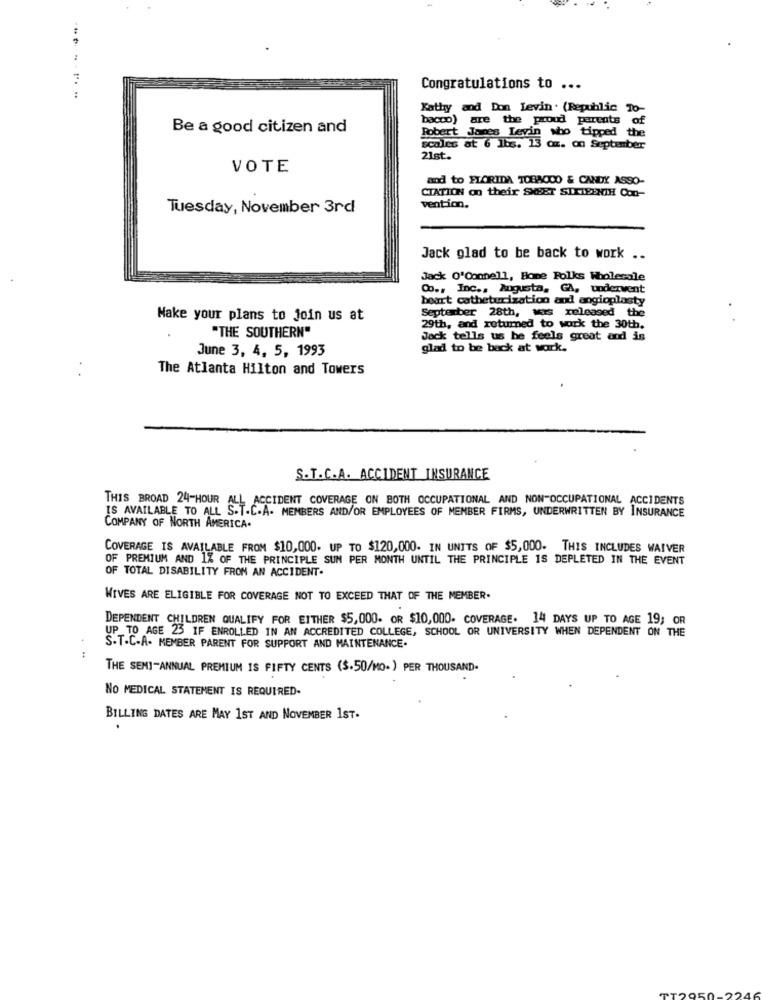
Congratulations to ...
Kathy and Don Levin. (Republic To-
bacco) are the proud parents of
Be a good citizen and
Robert James Levin who tipped the
scales at 6 lbs. 13 az. on September
21st.
VOTE
and to FLORIDA TOBA000 & CANDY ASSO-
CIATION on their SHEET SIXTEENTH Con-
Tuesday, November 3rd
vention.
Jack glad to be back to work ..
Jack O'Connell, Home Folks Wholerale
Co ., Inc ., Augusta, GA, underwent
beart catheterization and angioplasty
September 28th, was released the
Make your plans to Join us at
"THE SOUTHERN"
29th, and returned to work the 30th.
Jack tells us he feels great and is
June 3, 4, 5, 1993
glad to be back at work.
The Atlanta Hilton and Towers
S.T.C.A. ACCIDENT INSURANCE
THIS BROAD 24-HOUR ALL ACCIDENT COVERAGE ON BOTH OCCUPATIONAL AND NON-OCCUPATIONAL ACCIDENTS
IS AVAILABLE TO ALL S.T.C.A. MEMBERS AND/OR EMPLOYEES OF MEMBER FIRMS, UNDERWRITTEN BY INSURANCE
COMPANY OF NORTH AMERICA.
COVERAGE IS AVAILABLE FROM $10,000. UP TO $120,000. IN UNITS OF $5,000. THIS INCLUDES WAIVER
OF PREMIUM AND 1% OF THE PRINCIPLE SUN PER MONTH UNTIL THE PRINCIPLE IS DEPLETED IN THE EVENT
OF TOTAL DISABILITY FRON AN ACCIDENT.
WIVES ARE ELIGIBLE FOR COVERAGE NOT TO EXCEED THAT OF THE MEMBER.
DEPENDENT CHILDREN QUALIFY FOR EITHER $5,000- OR $10,000. COVERAGE. 14 DAYS UP TO AGE 19; OR
UP_TO AGE 23 IF ENROLLED IN AN ACCREDITED COLLEGE, SCHOOL OR UNIVERSITY WHEN DEPENDENT ON THE
. .
S.T.C.A. MEMBER PARENT FOR SUPPORT AND MAINTENANCE.
THE SEMI-ANNUAL PREMIUM IS FIFTY CENTS ($.50/MO. ) PER THOUSAND.
NO MEDICAL STATEMENT IS REQUIRED.
BILLING DATES ARE MAY 1ST AND NOVEMBER 1ST.